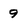
Character: 9